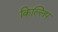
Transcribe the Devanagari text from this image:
किल्लिप